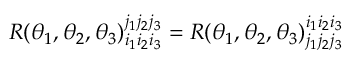
R ( \theta _ { 1 } , \theta _ { 2 } , \theta _ { 3 } ) _ { i _ { 1 } i _ { 2 } i _ { 3 } } ^ { j _ { 1 } j _ { 2 } j _ { 3 } } = R ( \theta _ { 1 } , \theta _ { 2 } , \theta _ { 3 } ) _ { j _ { 1 } j _ { 2 } j _ { 3 } } ^ { i _ { 1 } i _ { 2 } i _ { 3 } }